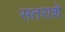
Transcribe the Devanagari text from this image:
सतराशे